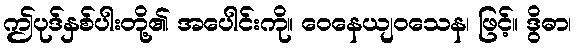
ဤပုဒ်နှစ်ပါးတို့၏ အပေါင်းကို။ ဝေနေယျဝသေန၊ ဖြင့်။ ဒွိဓာ၊